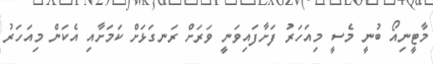
މާޓީނިއޯ ބުނީ މެސީ މިއަހަރު ފަށާފައިވަނީ ވަރަށް ރަނގަޅަށް ކަމަށާއި އެކަން މިއަހަރު